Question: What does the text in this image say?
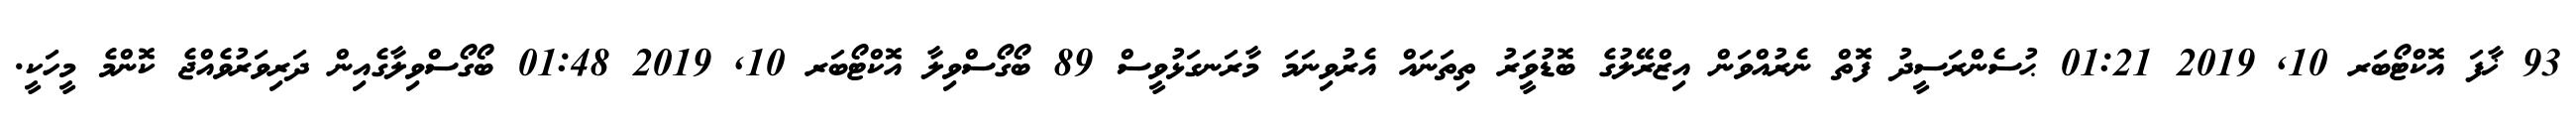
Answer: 93 ޚާފަ އޮކްޓޯބަރ 10, 2019 01:21 ޙުސެންރަސީދު ފޮތް ނެރުއްވަން އިޒްރޭލުގެ ބޮޑުވަީރު ތިތަނައް އެރުވިނަމަ މާރަނގަޅުވީސް 89 ބޯގޯސްވިލާ އޮކްޓޯބަރ 10, 2019 01:48 ބޯގޯސްވިލާގެއިން ދަރިވަރުވެއްޖެ ކޮންމެ މީހަކީ.